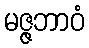
မဇ္ဇဘာဝံ